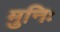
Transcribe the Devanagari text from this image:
मुनिः